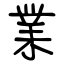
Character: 業